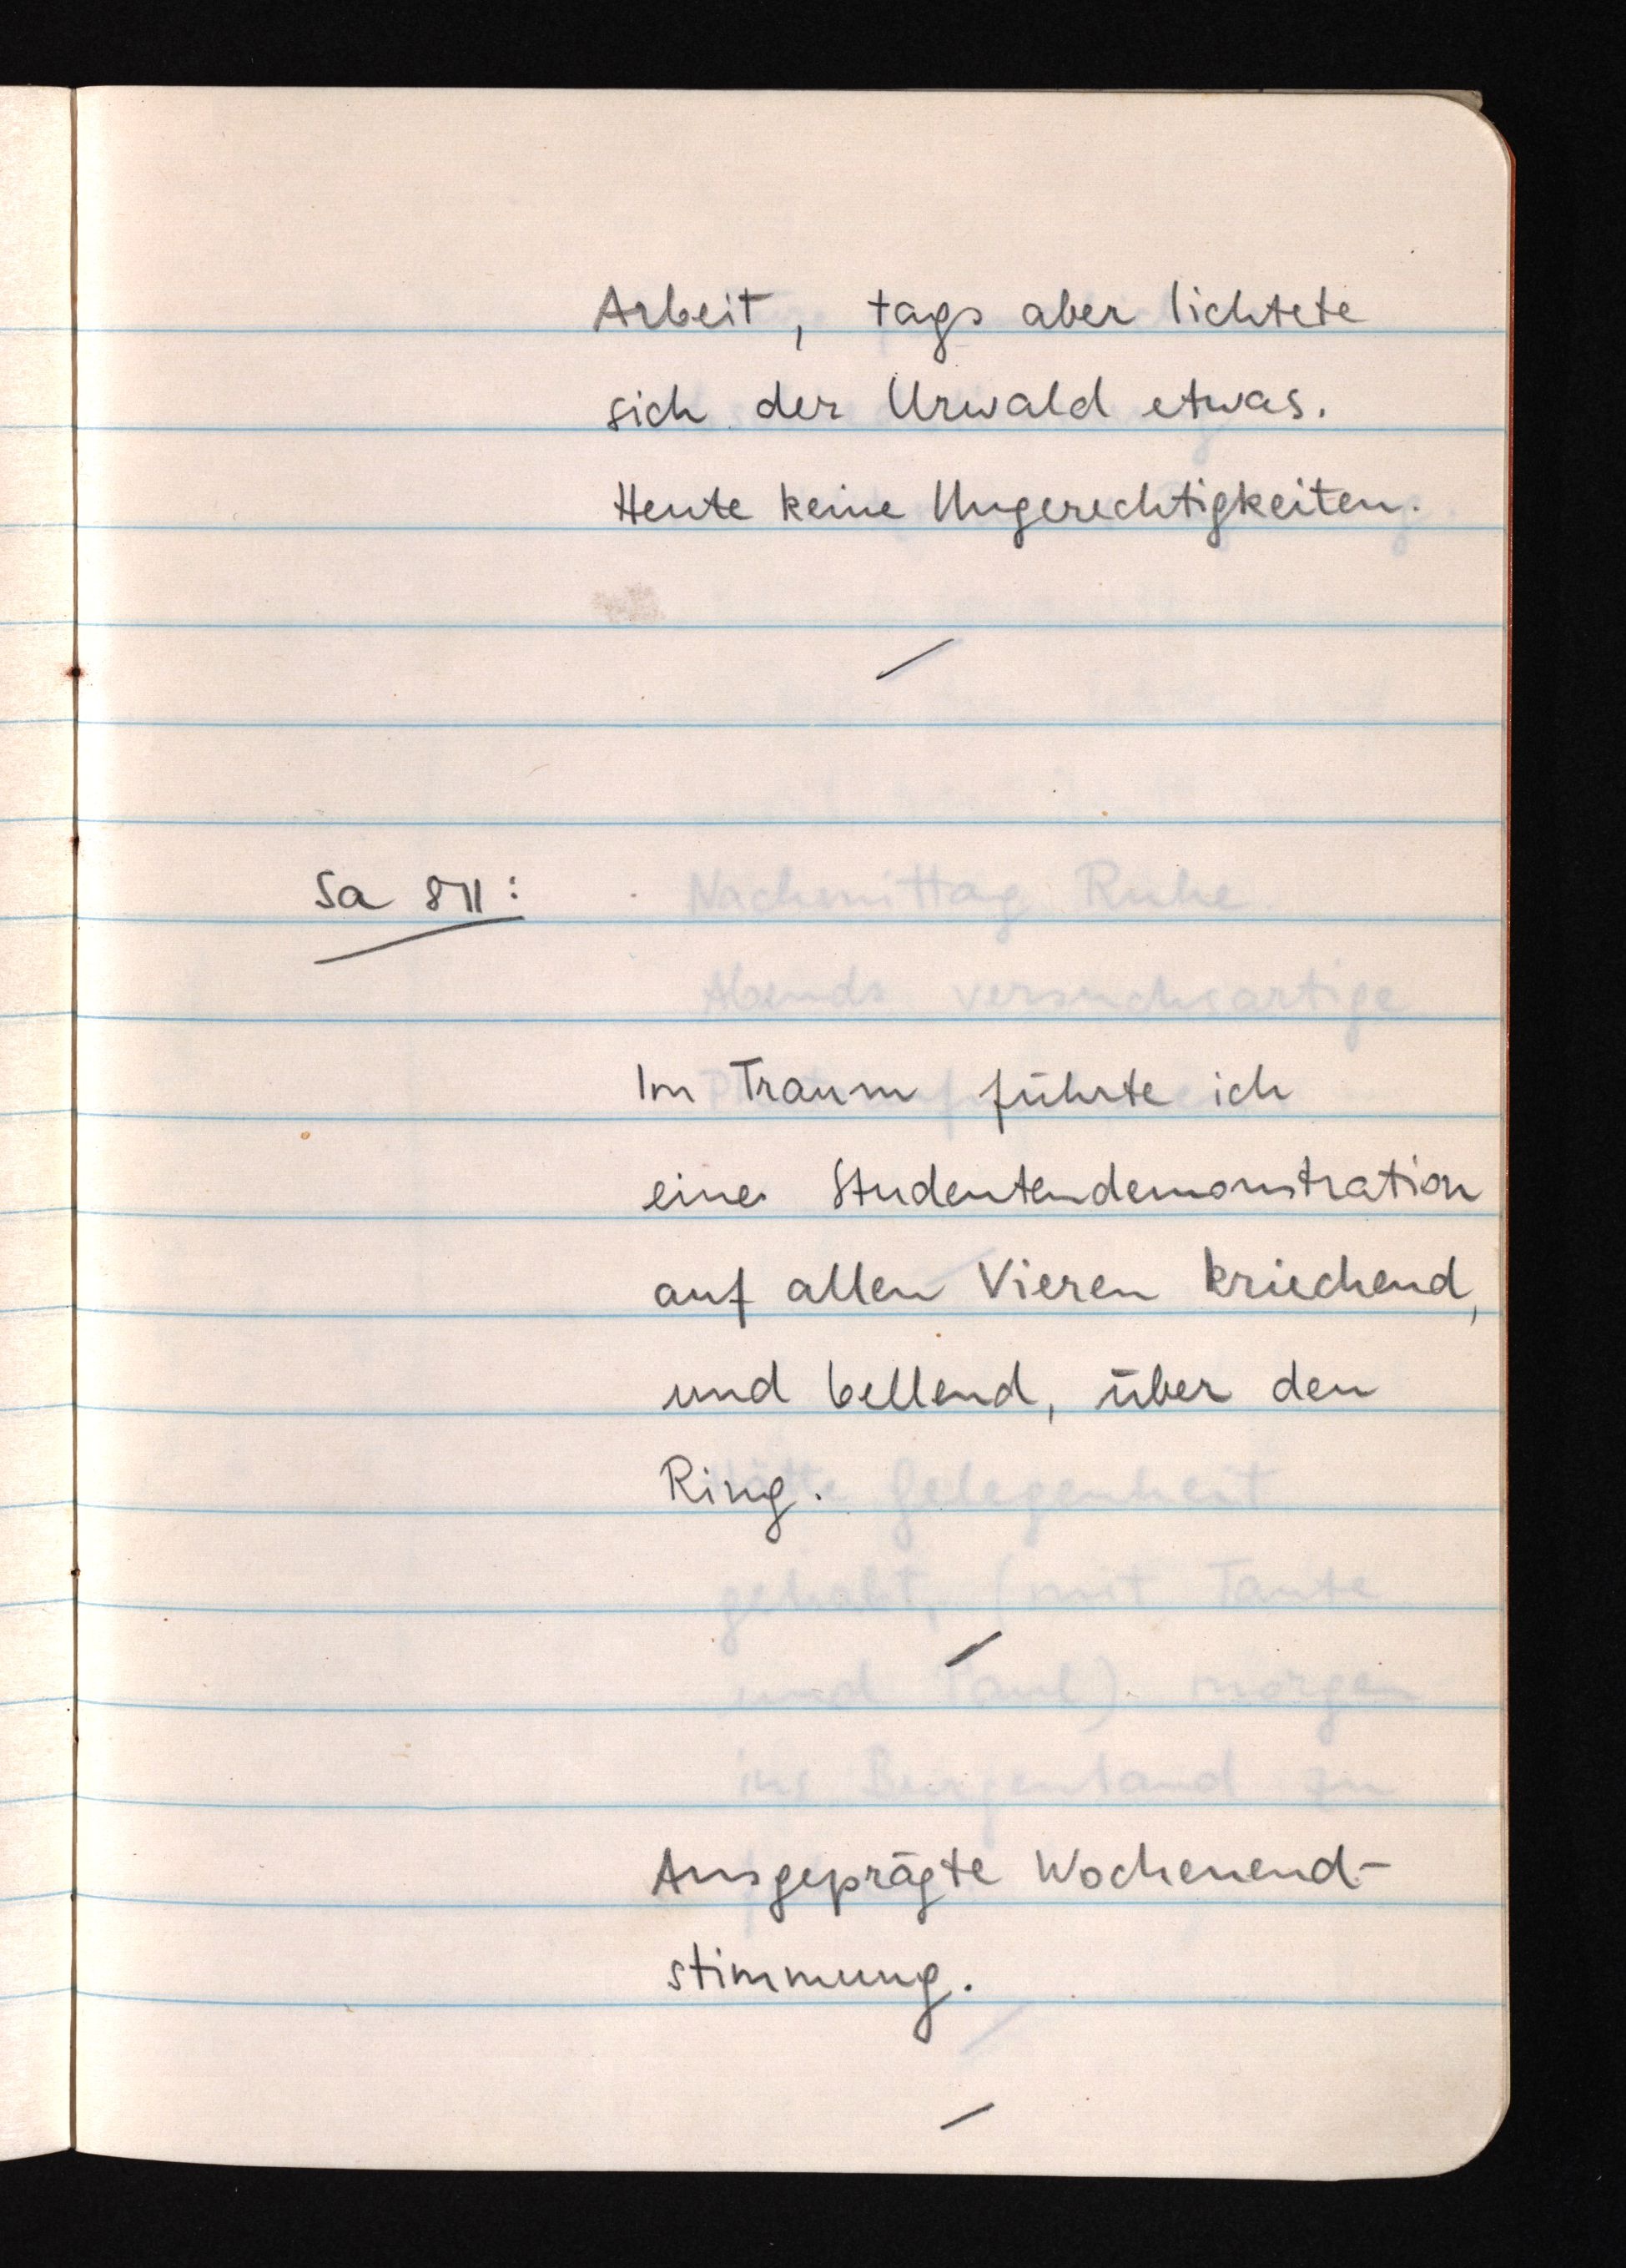
Arbeit, tags aber lichtete
sich der Urwald etwas.
Heute keine Ungerechtigkeiten.
Sa 8 11:
Im Traum führte ich
eine Studentendemonstration
auf allen Vieren kriechend,
und bellend, über den
Ring.
Ausgeprägte Wochenend¬
stimmung.